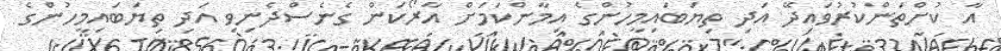
އާ ކުށްތަންކުރުވައިދޭ އަދި ތިޔަބައިމީހުންގެ އިމާންކަމަށް އާރޯކަން ގެނެސްދެނިވި އަދި ތިޔަބައިމީހުންގެ